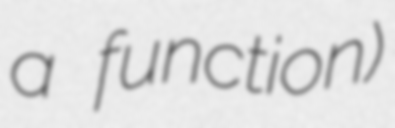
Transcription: a function)